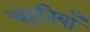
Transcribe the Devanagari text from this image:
चहनियाँ